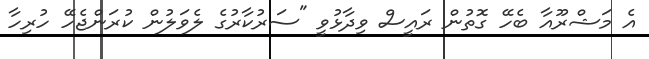
އެ މަޝްރޫއާ ބެހޭ ގޮތުން ރައީސް ވިދާޅުވީ "ސަރުކާރުގެ ލެވަލުން ކުރަންޖެހޭ ހުރިހާ